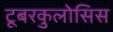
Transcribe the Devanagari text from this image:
टूबरकुलोसिस